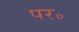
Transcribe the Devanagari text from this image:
पर॰